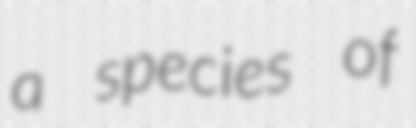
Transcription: a species of